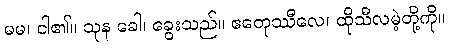
မမ၊ ငါ၏။ သုန ခေါ၊ ခွေးသည်။ ဧတေုဿီလေ၊ ထိုသီလမဲ့တို့ကို။